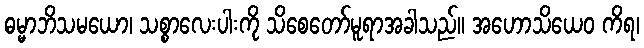
ဓမ္မာဘိသမယော၊ သစ္စာလေးပါးကို သိစေတော်မူရာအခါသည်။ အဟောသိယေဝ ကိရ၊